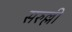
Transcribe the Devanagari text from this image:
सरुल्ली